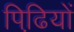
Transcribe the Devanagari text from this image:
पिढि़यों